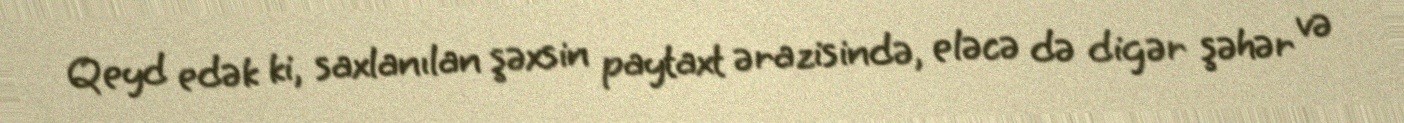
Qeyd edək ki, saxlanılan şəxsin paytaxt ərazisində, eləcə də digər şəhər və